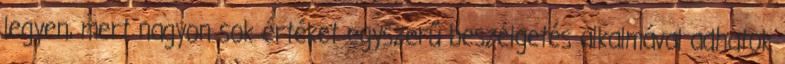
legyen, mert nagyon sok értéket egyszerű beszélgetés alkalmával adhatok